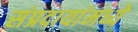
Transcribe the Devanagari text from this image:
संप्रदायांमध्ये